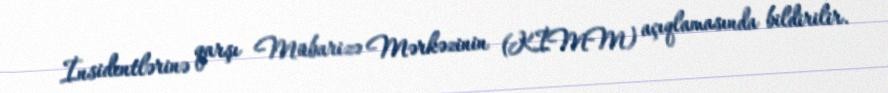
İnsidentlərinə qarşı Mübarizə Mərkəzinin (KİMM) açıqlamasında bildirilir.